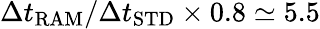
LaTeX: \Delta t_{\mathrm{RAM}}/\Delta t_{\mathrm{STD}}\times 0.8\simeq 5.5